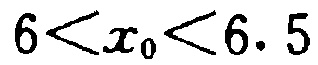
\(6<x_{0}<6.5\)